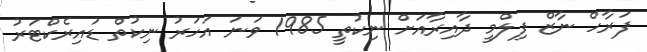
ފަރާހް ނާޒް ފިލްމީ ދާއިރާއަށް ނިކުތީ 1985 ވަނަ އަހަރު ނިކުތް ޑައިރެކްޓަރު